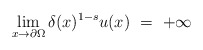
\begin{align*}\lim_{x\to\partial\Omega}\delta(x)^{1-s}u(x)\ =\ +\infty\end{align*}